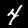
Digit: 4